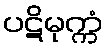
ပဋိမုက္ကံ